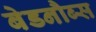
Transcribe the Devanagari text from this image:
बेडनौब्स